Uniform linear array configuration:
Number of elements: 4
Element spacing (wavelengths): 0.25
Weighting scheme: hann
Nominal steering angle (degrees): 0
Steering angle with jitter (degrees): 1.428
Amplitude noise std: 0.05
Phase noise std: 0.05

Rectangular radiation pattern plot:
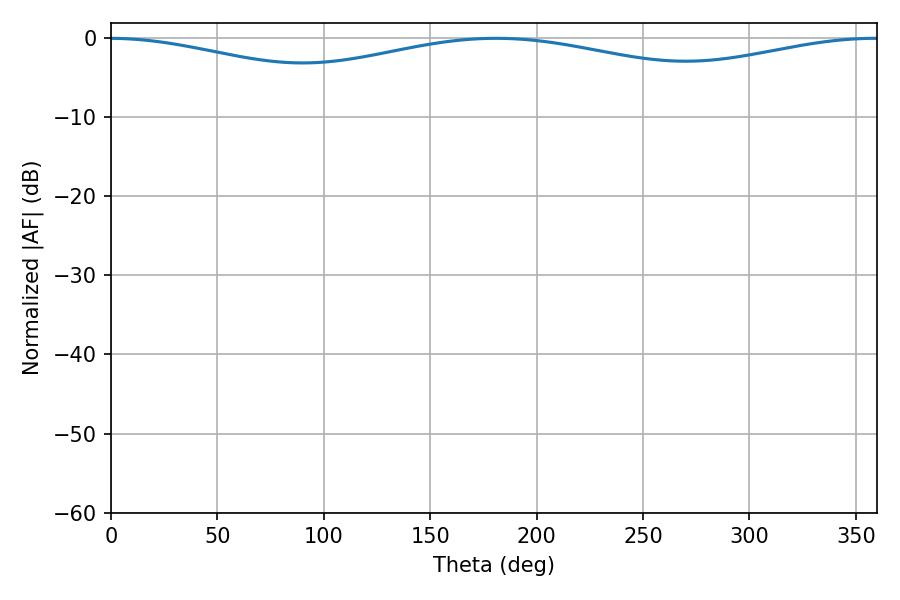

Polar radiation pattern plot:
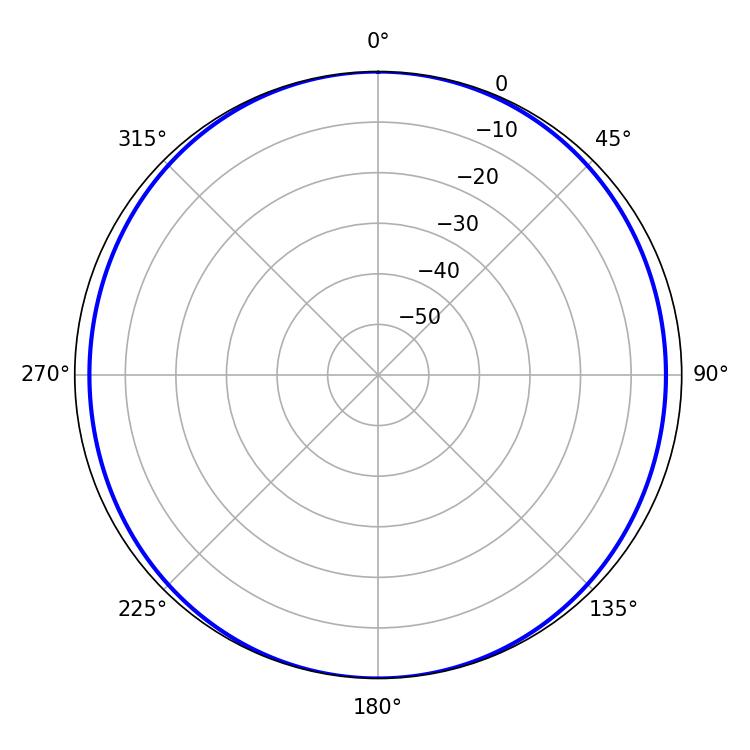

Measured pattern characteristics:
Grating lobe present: FALSE
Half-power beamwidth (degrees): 259.92
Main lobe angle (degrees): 180.9